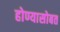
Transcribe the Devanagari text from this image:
होण्यासोबत